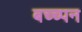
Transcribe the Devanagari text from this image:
बच्च्पन